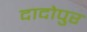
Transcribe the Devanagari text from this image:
दादोपुर